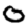
Digit: 0